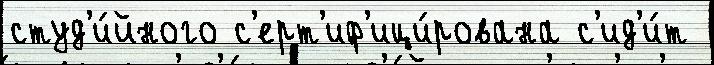
студ'и́йного с'ерт'иф'ици́рована с'ид'и́т